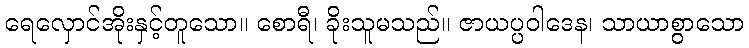
ရေလှောင်အိုးနှင့်တူသော။ စောရီ၊ ခိုးသူမသည်။ ဇာယပ္ပဝါဒေန၊ သာယာစွာသော